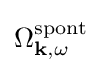
\Omega _{\mathbf {k} ,\omega }^{\mathrm {spont} }